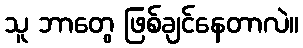
သူ ဘာတွေ ဖြစ်ချင်နေတာလဲ။